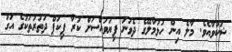
ޝަކުވާއެވެ. މާލެެ އިން ހުޅުމާލޭގެ ދެވަނަ ފިޔަވައްސަށް ކުރާ ޕިކަޕް ދަތުރުތަކުގެ އަގު